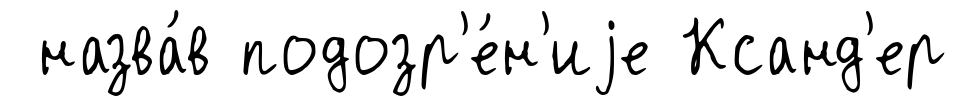
назва́в подозр'е́н'иjе Ксанд'ер